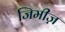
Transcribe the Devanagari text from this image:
जिमीज़